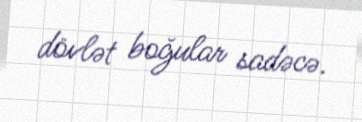
dövlət boğular sadəcə.